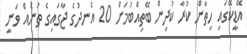
އޭޑީކޭގައި ހިތާން ކުރާ ކުދިން ބޭތިއްބުމަށް 20 އެނދުގެ ޖާގައިގެ ތަނެއް ވަނީ